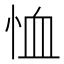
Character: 恤